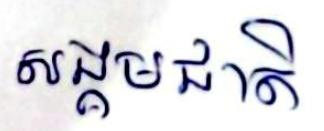
សង្គមជាតិ